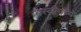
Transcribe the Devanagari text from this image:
बस्तीमध्ये